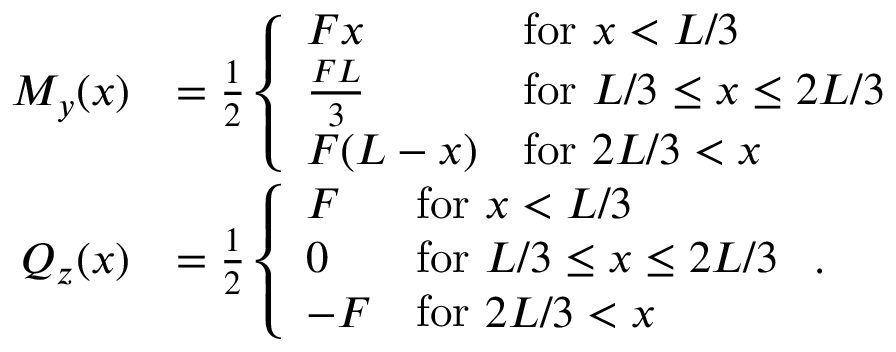
\begin{array} { r l } { M _ { y } ( x ) } & { = \frac { 1 } { 2 } \left\{ \begin{array} { l l } { F x } & { \mathrm { f o r ~ } x < L / 3 } \\ { \frac { F L } { 3 } } & { \mathrm { f o r ~ } L / 3 \leq x \leq 2 L / 3 } \\ { F ( L - x ) } & { \mathrm { f o r ~ } 2 L / 3 < x } \end{array} \right. } \\ { Q _ { z } ( x ) } & { = \frac { 1 } { 2 } \left\{ \begin{array} { l l } { F } & { \mathrm { f o r ~ } x < L / 3 } \\ { 0 } & { \mathrm { f o r ~ } L / 3 \leq x \leq 2 L / 3 } \\ { - F } & { \mathrm { f o r ~ } 2 L / 3 < x } \end{array} \right. . } \end{array}